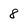
Character: 8